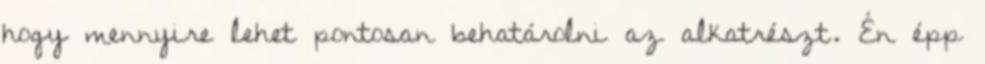
hogy mennyire lehet pontosan behatárolni az alkatrészt. Én épp